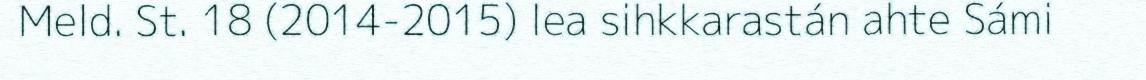
Meld. St. 18 (2014-2015) lea sihkkarastán ahte Sámi